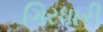
ગિરધારી